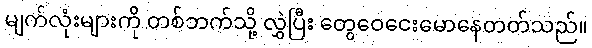
မျက်လုံးများကို တစ်ဘက်သို့ လွှဲပြီး တွေဝေငေးမောနေတတ်သည်။